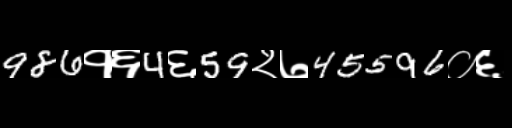
Text: 986१६4६59२७45596०६